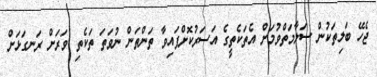
ޖެހޭ ބަލިތަކުން ސަލާމަތްވުމަށް އެތަކެތީގެ އަސަރުކޮށްފައިވާ ތަންތަން ނުވަތަ ތަކެތި ވަރަށް ރަނގަޅަށް